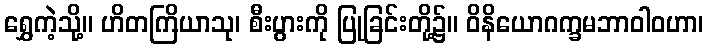
ရွှေကဲ့သို့။ ဟိတကြိယာသု၊ စီးပွားကို ပြုခြင်းတို့၌။ ဝိနိယောဂက္ခမဘာဝါဝဟာ၊